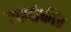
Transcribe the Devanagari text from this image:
एकमेकींत